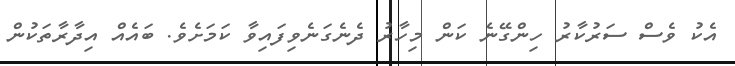
އެކު ވެސް ސަރުކާރު ހިންގޭނެ ކަން މިހާރު ދެނެގަނެވިފައިވާ ކަމަށެވެ. ބައެއް އިދާރާތަކުން